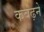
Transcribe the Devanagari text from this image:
कबढ़ने